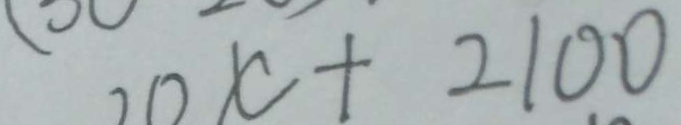
7 0 x + 2 1 0 0